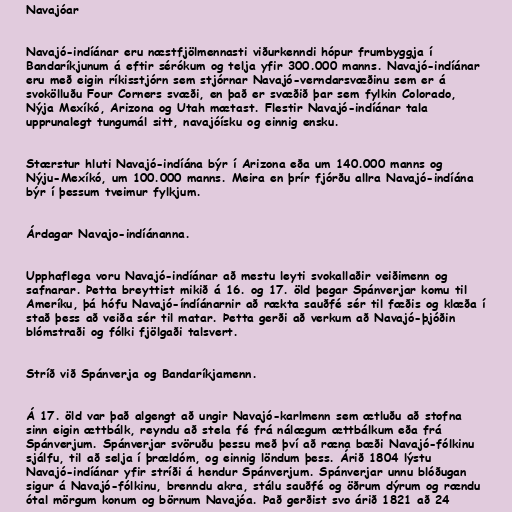
Navajóar

Navajó-indíánar eru næstfjölmennasti viðurkenndi hópur frumbyggja í
Bandaríkjunum á eftir sérókum og telja yfir 300.000 manns. Navajó-indíánar
eru með eigin ríkisstjórn sem stjórnar Navajó-verndarsvæðinu sem er á
svokölluðu Four Corners svæði, en það er svæðið þar sem fylkin Colorado,
Nýja Mexíkó, Arizona og Utah mætast. Flestir Navajó-indíánar tala
upprunalegt tungumál sitt, navajóísku og einnig ensku.

Stærstur hluti Navajó-indíána býr í Arizona eða um 140.000 manns og
Nýju-Mexíkó, um 100.000 manns. Meira en þrír fjórðu allra Navajó-indíána
býr í þessum tveimur fylkjum.

Árdagar Navajo-indíánanna.

Upphaflega voru Navajó-indíánar að mestu leyti svokallaðir veiðimenn og
safnarar. Þetta breyttist mikið á 16. og 17. öld þegar Spánverjar komu til
Ameríku, þá hófu Navajó-índíánarnir að rækta sauðfé sér til fæðis og klæða í
stað þess að veiða sér til matar. Þetta gerði að verkum að Navajó-þjóðin
blómstraði og fólki fjölgaði talsvert.

Stríð við Spánverja og Bandaríkjamenn.

Á 17. öld var það algengt að ungir Navajó-karlmenn sem ætluðu að stofna
sinn eigin ættbálk, reyndu að stela fé frá nálægum ættbálkum eða frá
Spánverjum. Spánverjar svöruðu þessu með því að ræna bæði Navajó-fólkinu
sjálfu, til að selja í þrældóm, og einnig löndum þess. Árið 1804 lýstu
Navajó-indíánar yfir stríði á hendur Spánverjum. Spánverjar unnu blóðugan
sigur á Navajó-fólkinu, brenndu akra, stálu sauðfé og öðrum dýrum og rændu
ótal mörgum konum og börnum Navajóa. Það gerðist svo árið 1821 að 24